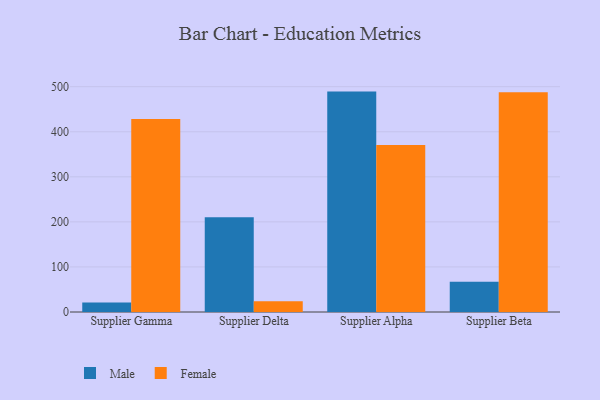
{"axis": {"x": "Supplier", "y": "Customer Acquisition Cost (USD)"}, "legend": ["Female", "Male"], "data": [{"x": "Supplier Gamma", "y": 20.9, "type": "Male"}, {"x": "Supplier Gamma", "y": 428.3, "type": "Female"}, {"x": "Supplier Delta", "y": 210.3, "type": "Male"}, {"x": "Supplier Delta", "y": 23.9, "type": "Female"}, {"x": "Supplier Alpha", "y": 489.1, "type": "Male"}, {"x": "Supplier Alpha", "y": 370.7, "type": "Female"}, {"x": "Supplier Beta", "y": 67.0, "type": "Male"}, {"x": "Supplier Beta", "y": 487.6, "type": "Female"}]}